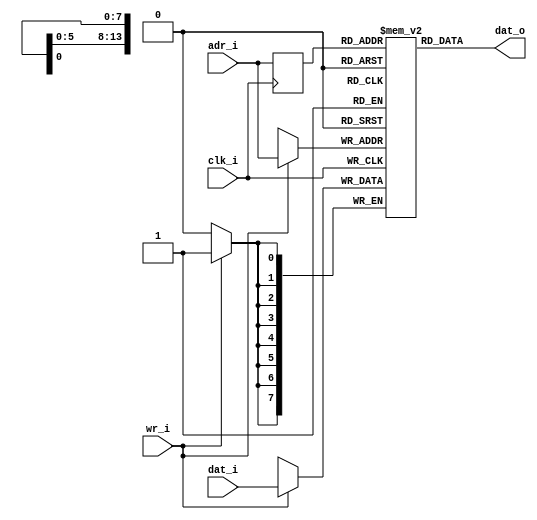
//-----------------------------------------------------------------
//                           AltOR32 
//              Alternative Lightweight OpenRisc 
//                     Ultra-Embedded.com
//                   Copyright 2011 - 2012
//
//
//                       License: LGPL
//
// If you would like a version with a different license for use 
// in commercial projects please contact the above email address 
// for more details.
//-----------------------------------------------------------------
//
// Copyright (C) 2011 - 2012 Ultra-Embedded.com
//
// This source file may be used and distributed without         
// restriction provided that this copyright statement is not    
// removed from the file and that any derivative work contains  
// the original copyright notice and the associated disclaimer. 
//
// This source file is free software; you can redistribute it   
// and/or modify it under the terms of the GNU Lesser General   
// Public License as published by the Free Software Foundation; 
// either version 2.1 of the License, or (at your option) any   
// later version.                                               
//
// This source is distributed in the hope that it will be       
// useful, but WITHOUT ANY WARRANTY; without even the implied   
// warranty of MERCHANTABILITY or FITNESS FOR A PARTICULAR      
// PURPOSE.  See the GNU Lesser General Public License for more 
// details.                                                     
//
// You should have received a copy of the GNU Lesser General    
// Public License along with this source; if not, write to the 
// Free Software Foundation, Inc., 59 Temple Place, Suite 330, 
// Boston, MA  02111-1307  USA              
//-----------------------------------------------------------------

//-----------------------------------------------------------------
// Module
//-----------------------------------------------------------------
module sram 
( 
    clk_i, 
    adr_i, 
    dat_i, 
    wr_i,
    dat_o
);

//-----------------------------------------------------------------
// Params
//-----------------------------------------------------------------
parameter  [31:0]       WIDTH = 8;
parameter  [31:0]       SIZE = 14;

//-----------------------------------------------------------------
// I/O
//-----------------------------------------------------------------    
input                   clk_i /*verilator public*/;
output [(WIDTH - 1):0]  dat_o /*verilator public*/;
input [(WIDTH - 1):0]   dat_i /*verilator public*/;
input [(SIZE - 1):0]    adr_i /*verilator public*/;
input                   wr_i /*verilator public*/;

//-----------------------------------------------------------------
// Registers
//-----------------------------------------------------------------
reg [(WIDTH - 1):0]     ram [((2<< (SIZE-1)) - 1):0] /*verilator public*/;
reg [(SIZE - 1):0]      rd_addr;
wire [(WIDTH - 1):0]    dat_o;

//-----------------------------------------------------------------
// Processes
//-----------------------------------------------------------------
always @ (posedge clk_i)
begin 
    if (wr_i == 1'b1)
        ram[adr_i] <= dat_i;
    rd_addr <= adr_i;
end

//-------------------------------------------------------------------
// Combinatorial
//-------------------------------------------------------------------
assign dat_o = ram[rd_addr];

endmodule